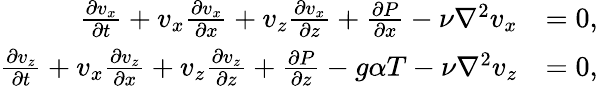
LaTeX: \begin{array}{rl}{\frac{\partial v_{x}}{\partial t}+v_{x}\frac{\partial v_{x}}{\partial x}+v_{z}\frac{\partial v_{x}}{\partial z}+\frac{\partial P}{\partial x}-\nu\nabla^{2}v_{x}}&{=0,}\\ {\frac{\partial v_{z}}{\partial t}+v_{x}\frac{\partial v_{z}}{\partial x}+v_{z}\frac{\partial v_{z}}{\partial z}+\frac{\partial P}{\partial z}-g\alpha T-\nu\nabla^{2}v_{z}}&{=0,}\end{array}